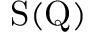
\mathrm { S ( Q ) }